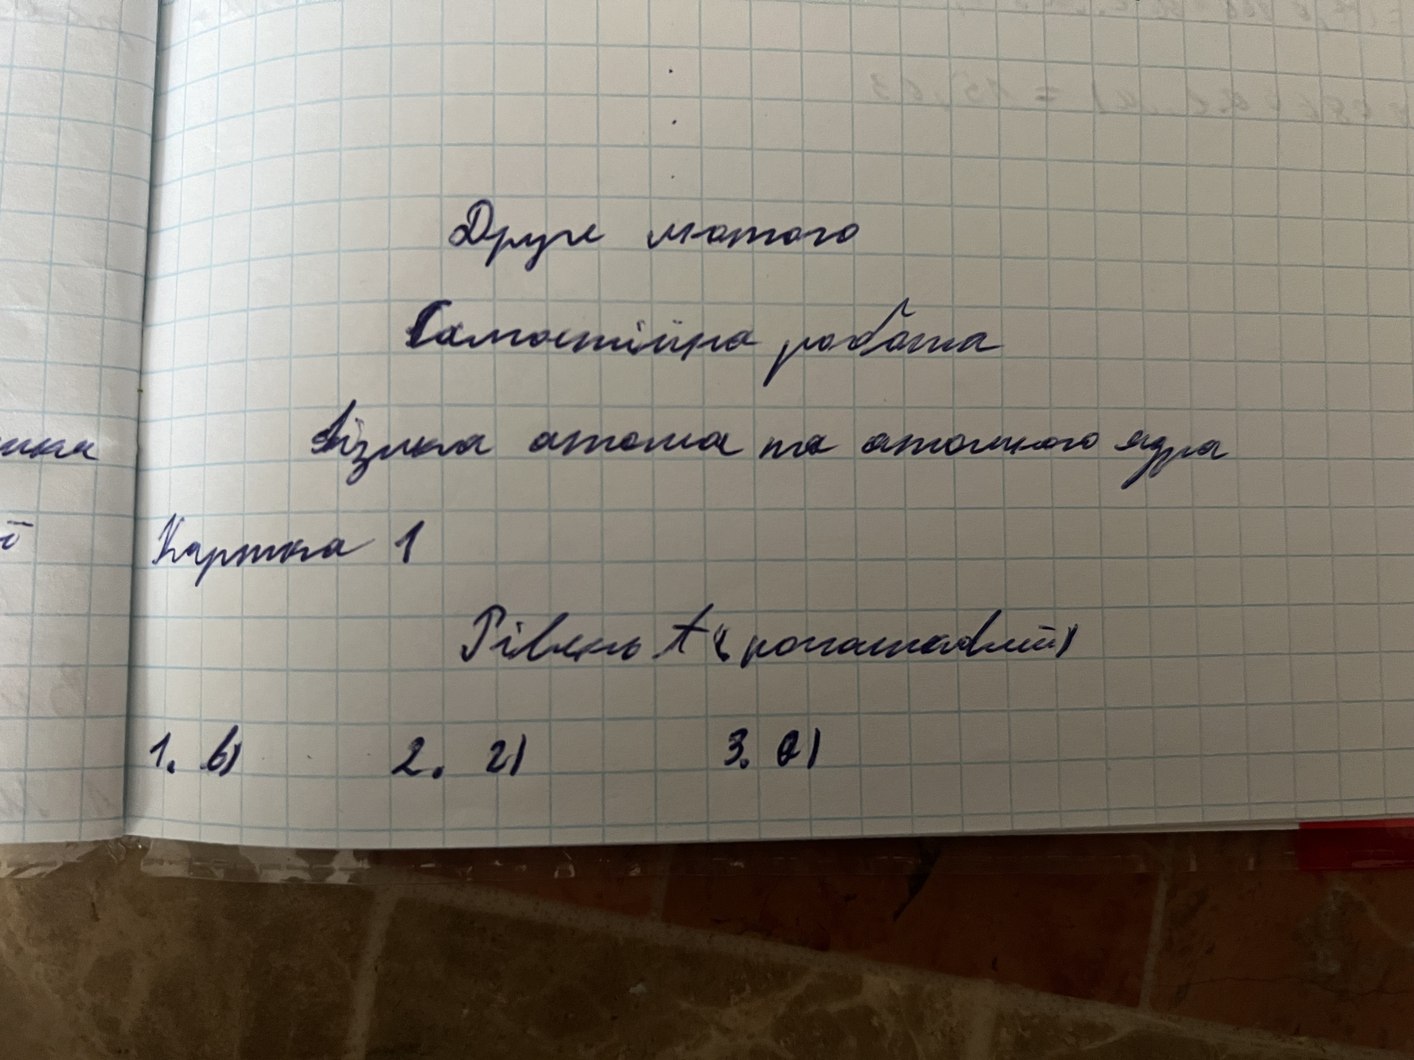
Купил отчим на атомного друга
Друге лютого
Самостійна робота
Фізика атома та атомного ядра
Картка 1
Рівень А (рогаликовий)
1. в)
3. а)
2. г)